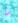
ما